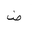
Letter: _dad